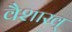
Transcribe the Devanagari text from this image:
वैशाख्